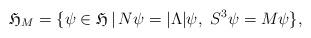
LaTeX: \begin{align*}\mathfrak{H}_M=\{\psi\in \mathfrak{H}\, |\, N\psi=|\Lambda|\psi,\ S^3\psi=M\psi\},\end{align*}